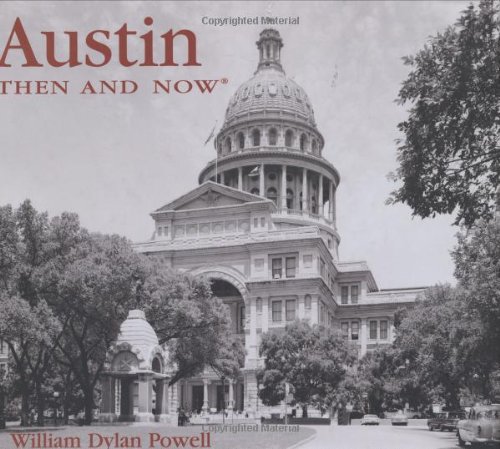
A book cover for Austin Then and Now (Then & Now); William Dylan Powell; Travel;